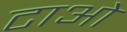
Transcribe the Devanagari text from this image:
टाओ